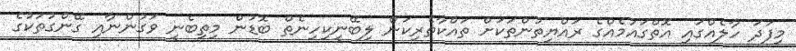
މިފަދަ ހާލެއްގައި އޮތްގައުމެއްގެ ރައްޔިތުންތަކަށް ތައްކާތެރިކަން ލިބޭނީކިހިނެތް ބޮޑުން މިތިބެނީ ވަގުންނާއި ގޭންގުތަކުގެ